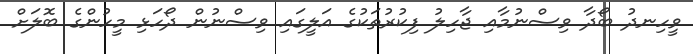
ވީހިނދު ބޯދާ ވިސްނުމާއި ޖާހިލު ފިކުރުތަކުގެ އަލީގައި ވިސްނުން ދޯހަޅި މީހުންގެ ބޮލަށް